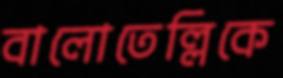
বালোতেল্লিকে